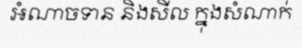
អំណាចទាន និងសីល ក្នុងសំណាក់